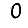
Digit: 0